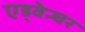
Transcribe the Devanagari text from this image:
एड्वेन्चर